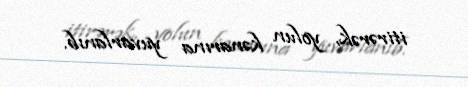
itirərək, yolun kənarına yuvarlanıb.